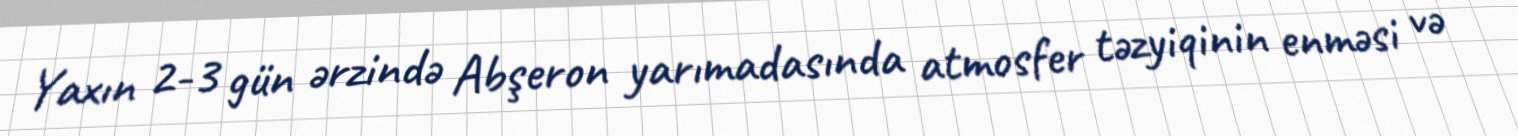
Yaxın 2-3 gün ərzində Abşeron yarımadasında atmosfer təzyiqinin enməsi və